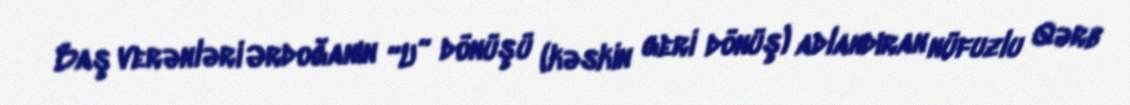
Baş verənləri Ərdoğanın “U” dönüşü (kəskin geri dönüş) adlandıran nüfuzlu Qərb